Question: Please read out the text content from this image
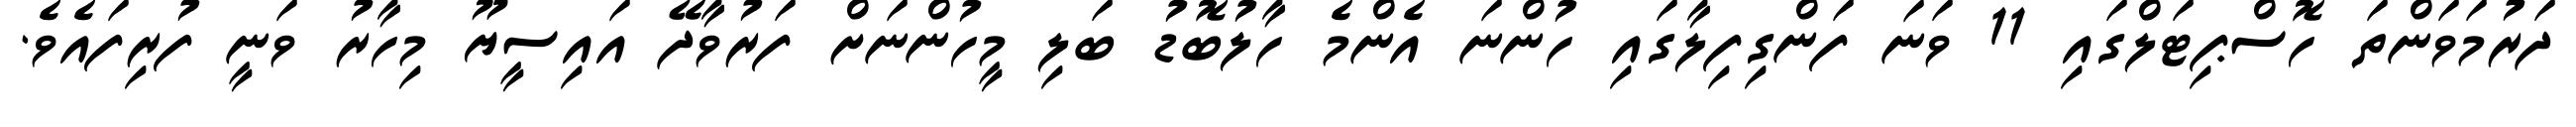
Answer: ދަރުމަވަންތަ ހޮސްޕިޓަލްގައި 11 ވަނަ ފަންގިފިލާގައި ހުންނަ އެންމެ ހާލުބޮޑު ބަލި މީހުންނަށް ފަރުވާދޭ އައިސީޔޫ މިހާރު ވަނީ ފުރިފައެވެ.